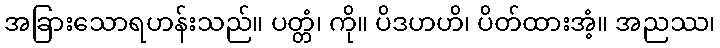
အခြားသောရဟန်းသည်။ ပတ္တံ၊ ကို။ ပိဒဟဟိ၊ ပိတ်ထားအံ့။ အညဿ၊